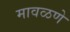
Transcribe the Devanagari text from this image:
मावळणे